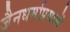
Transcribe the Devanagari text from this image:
जैनधर्माप्रमाणें